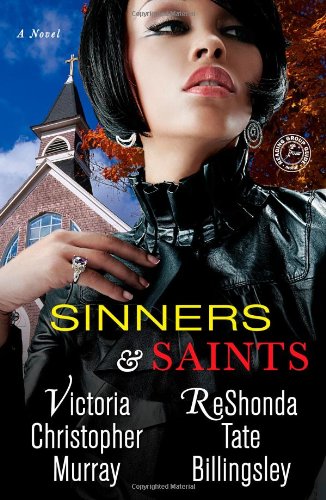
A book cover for Sinners & Saints; Victoria Christopher Murray; Literature & Fiction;